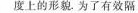
度上的形貌。为了有效隔